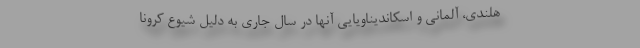
هلندی، آلمانی و اسکاندیناویایی آنها در سال جاری به دلیل شیوع کرونا